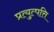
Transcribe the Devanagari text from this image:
प्रत्युत्पत्ति